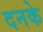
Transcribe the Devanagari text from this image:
दनके